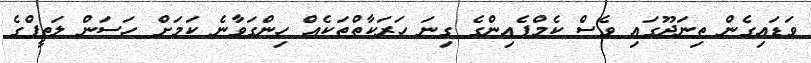
ވަޑައިގެން ތިނަދޫގައި ވެސް ކެމްޕެއިންގެ ގިނަ ހަރަކާތްތަކެއް ހިންގަވާނެ ކަމަށް ހަސަން ލަތީފްގެ